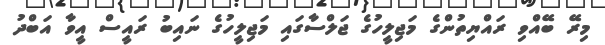
މިރޭ ބޭއްވި ރައްޔިތުންގެ މަޖިލީހުގެ ޖަލްސާގައި މަޖިލީހުގެ ނައިބު ރައީސް އީވާ އަބްދު